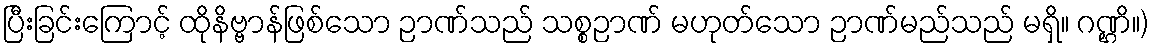
ပြီးခြင်းကြောင့် ထိုနိဗ္ဗာန်ဖြစ်သော ဉာဏ်သည် သစ္စဉာဏ် မဟုတ်သော ဉာဏ်မည်သည် မရှိ။ ဂဏ္ဌိ။)